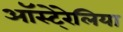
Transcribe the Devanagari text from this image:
ऑस्टे्रेलिया